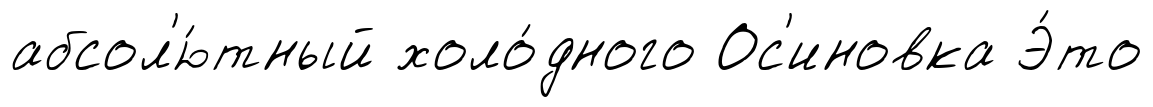
абсол'ю́тный холо́дного Ос'иновка Э́то